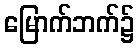
မြောက်ဘက်၌